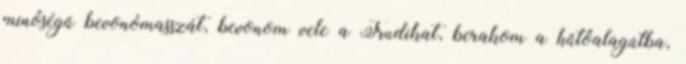
minőségű bevonómasszát, bevonom vele a Trudikat, berakom a hűtőalagútba,